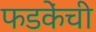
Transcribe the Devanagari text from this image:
फडकेंची